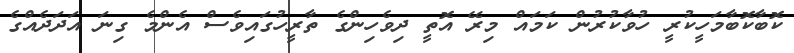
ކޮބާކޮބާމަހީކުރީ ހުވާކުރުން ކަމައް މިރޭ އޮތީ ދިވެހިންގެ ތާރީހުގައިވެސް އެންމެ ގިނަ އަދަދެއްގެ